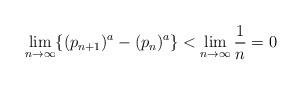
LaTeX: \begin{align*}{\lim_{n \rightarrow \infty}\{(p_{n+1})^{a}-(p_{n})^{a}}\}<{\lim_{n \rightarrow \infty}\frac{1}{n}=0 }\end{align*}